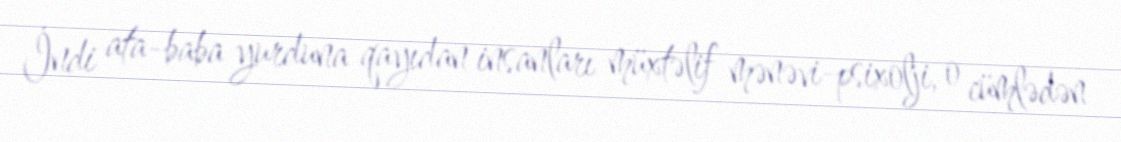
İndi ata-baba yurduna qayıdan insanları müxtəlif mənəvi-psixolji, o cümlədən